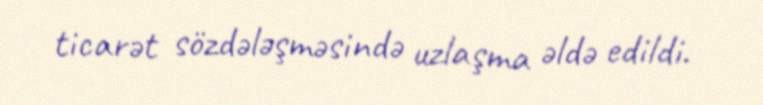
ticarət sözdələşməsində uzlaşma əldə edildi.